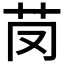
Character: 𦬣